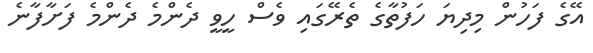
އޭގެ ފަހުން މިދިޔަ ހަފުތާގެ ތެރޭގައި ވެސް ހީވީ ދެންމެ ދެންމެ ފަށާފާނެ